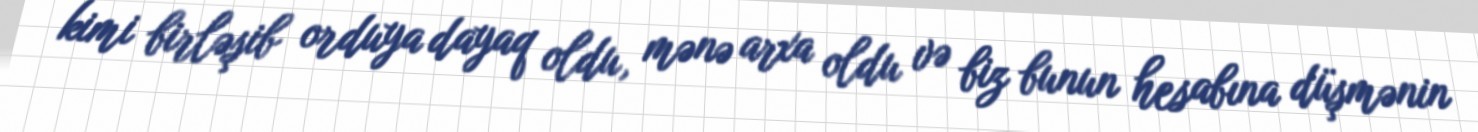
kimi birləşib orduya dayaq oldu, mənə arxa oldu və biz bunun hesabına düşmənin